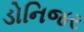
ડોનિજર